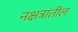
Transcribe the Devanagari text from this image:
नक्षत्रांतील